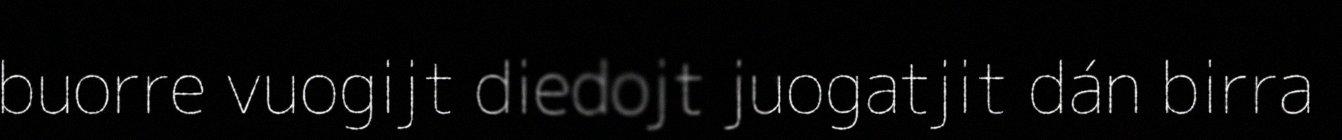
buorre vuogijt diedojt juogatjit dán birra